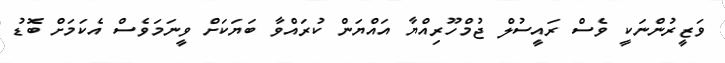
ވަޒީރުންނަކީ ވެސް ރައީސުލް ޖުމްހޫރިއްޔާ އައްޔަން ކުރައްވާ ބަޔަކަށް ވީނަމަވެސް އެކަމަށް ބޮޑު